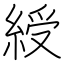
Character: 綬